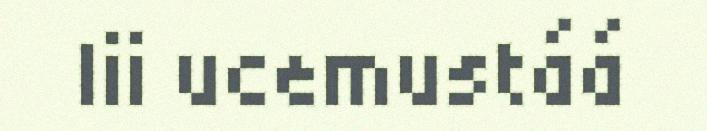
lii ucemustáá